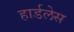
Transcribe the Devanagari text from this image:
हार्डलेस